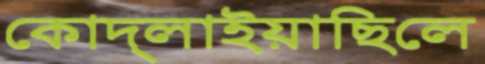
কোদ্‌লাইয়াছিলে